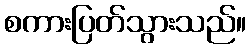
စကားပြတ်သွားသည်။